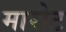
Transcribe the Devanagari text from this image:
मारोट